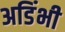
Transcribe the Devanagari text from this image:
अडिंभी